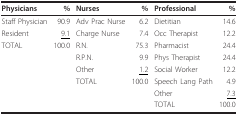
<table><thead><tr><td><b>Physicians</b></td><td><b>%</b></td><td><b>Nurses</b></td><td><b>%</b></td><td><b>Professional</b></td><td><b>%</b></td></tr></thead><tbody><tr><td>Staff Physician</td><td>90.9</td><td>Adv Prac Nurse</td><td>6.2</td><td>Dietitian</td><td>14.6</td></tr><tr><td>Resident</td><td><underline>9.1</underline></td><td>Charge Nurse</td><td>7.4</td><td>Occ Therapist</td><td>12.2</td></tr><tr><td>TOTAL</td><td>100.0</td><td>R.N.</td><td>75.3</td><td>Pharmacist</td><td>24.4</td></tr><tr><td></td><td></td><td>R.P.N.</td><td>9.9</td><td>Phys Therapist</td><td>24.4</td></tr><tr><td></td><td></td><td>Other</td><td><underline>1.2</underline></td><td>Social Worker</td><td>12.2</td></tr><tr><td></td><td></td><td>TOTAL</td><td>100.0</td><td>Speech Lang Path</td><td>4.9</td></tr><tr><td></td><td></td><td></td><td></td><td>Other</td><td><underline>7.3</underline></td></tr><tr><td></td><td></td><td></td><td></td><td>TOTAL</td><td>100.0</td></tr></tbody></table>